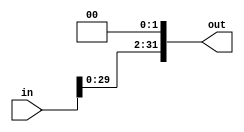
`timescale 1 ps / 100 fs
module shiftLeft2(in, out);
	input [31:0] in;
	output [31:0] out;
	
	assign out = {in[29:0],2'b00};
endmodule